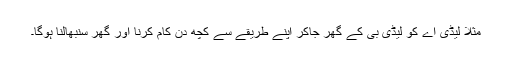
مثلاً لیڈی اے کو لیڈی بی کے گھر جاکر اپنے طریقے سے کچھ دن کام کرنا اور گھر سنبھالنا ہوگا۔